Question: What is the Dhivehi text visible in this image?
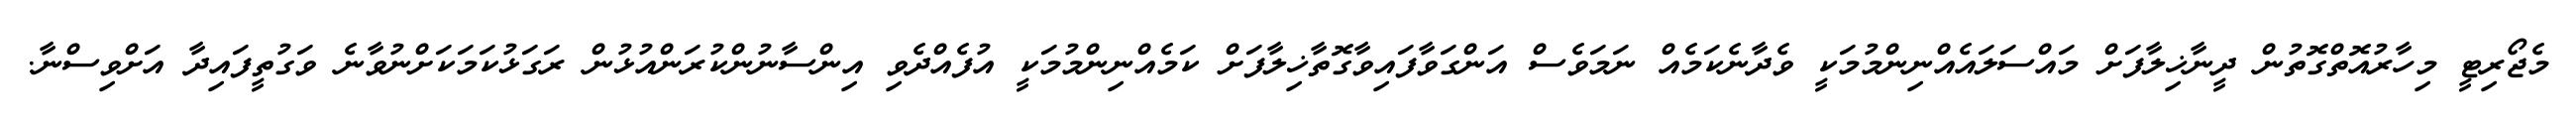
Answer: މެޖޯރިޓީ މިހާރުއޮތްގޮތުން ދީނާޚިލާފަށް މައްސަލައެއްނިންމުމަކީ ވެދާނެކަމެއް ނަމަވެސް އަންގަވާފައިވާގޮތާޚިލާފަށް ކަމެއްނިންމުމަކީ އުފެއްދެވި އިންސާނުންކުރަންއުޅުން ރަގަޅުކަމަކަށްނުވާނެ ވަގުތީފައިދާ އަށްވިސްނާ.